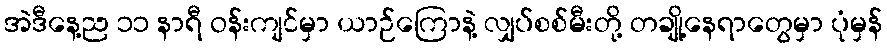
အဲဒီနေ့ည ၁၁ နာရီ ဝန်းကျင်မှာ ယာဉ်ကြောနဲ့ လျှပ်စစ်မီးတို့ တချို့နေရာတွေမှာ ပုံမှန်